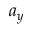
a _ { y }